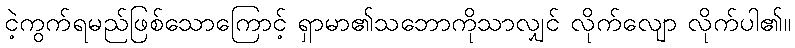
ငဲ့ကွက်ရမည်ဖြစ်သောကြောင့် ရှာမာ၏သဘောကိုသာလျှင် လိုက်လျော လိုက်ပါ၏။